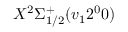
X ^ { 2 } \Sigma _ { 1 / 2 } ^ { + } ( v _ { 1 } 2 ^ { 0 } 0 )